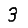
Digit: 3